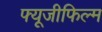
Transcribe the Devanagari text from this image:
फ्यूजीफिल्म